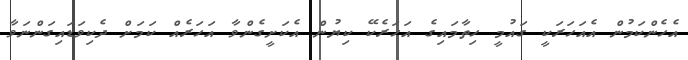
އެހެންކަމުން އެއަހަރަކީ ގައުމީ ހިތާމައިގެ އަހަރެކޭ ކިޔުން އެކަށީގެންވާ އަހަރެއް ކަމަށް ދެކިވަޑައިގަންނަވާ